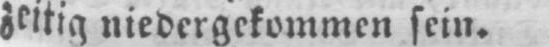
zeitig niedergekommen sein.